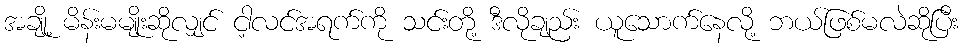
အချို့ မိန်းမမျိုးဆိုလျှင် ငါ့လင်အရက်ကို သင်းတို့ ဒီလိုချည်း ယူသောက်နေလို့ ဘယ်ဖြစ်မလဲဆိုပြီး